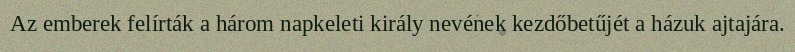
Az emberek felírták a három napkeleti király nevének kezdőbetűjét a házuk ajtajára.